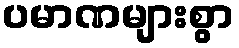
ပမာဏများစွာ